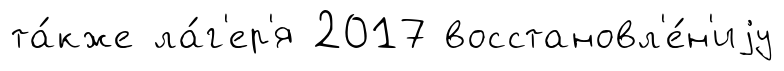
та́кже ла́г'ер'я 2017 восстановл'е́н'иjу